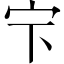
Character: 𱚃